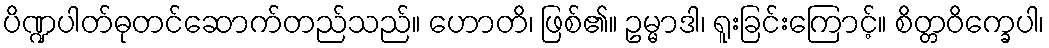
ပိဏ္ဍပါတ်ဓုတင်ဆောက်တည်သည်။ ဟောတိ၊ ဖြစ်၏။ ဥမ္မာဒါ၊ ရူးခြင်းကြောင့်။ စိတ္တဝိက္ခေပါ၊